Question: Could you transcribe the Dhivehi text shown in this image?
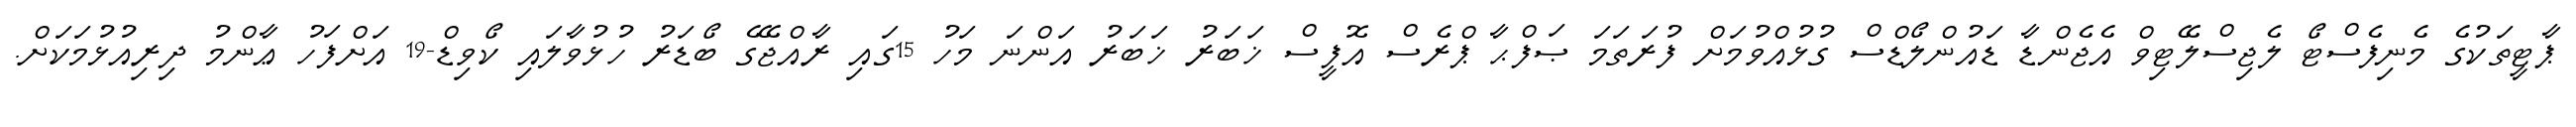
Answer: ޕާޓީތަކުގެ މެނިފެސްޓޯ ލެޖިސްލޭޓިވް އެޖެންޑާ ޑައުންލޯޑްސް ގުޅުއްވުމަށް ފުރަތަމަ ޞަފްޙާ ޕްރެސް އޮފީސް ޚަބަރު ޚަބަރު އަންނަ މަހު 15ގައި ރާއްޖޭގެ ބޯޑަރު ހުޅުވާލައި ކޯވިޑް-19 އަށްފަހު ޢާންމު ދިރިއުޅުމަކަށް.